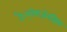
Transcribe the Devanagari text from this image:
है।एलेगज़ेनड्रिया